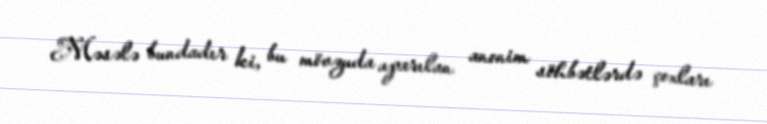
Məsələ bundadır ki, bu mövzuda aparılan anonim söhbətlərdə çoxları